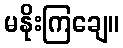
မနိုးကြချေ။